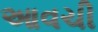
આવચી